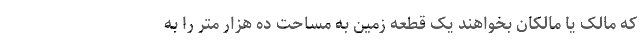
که مالک یا مالکان بخواهند یک قطعه زمین به مساحت ده هزار متر را به